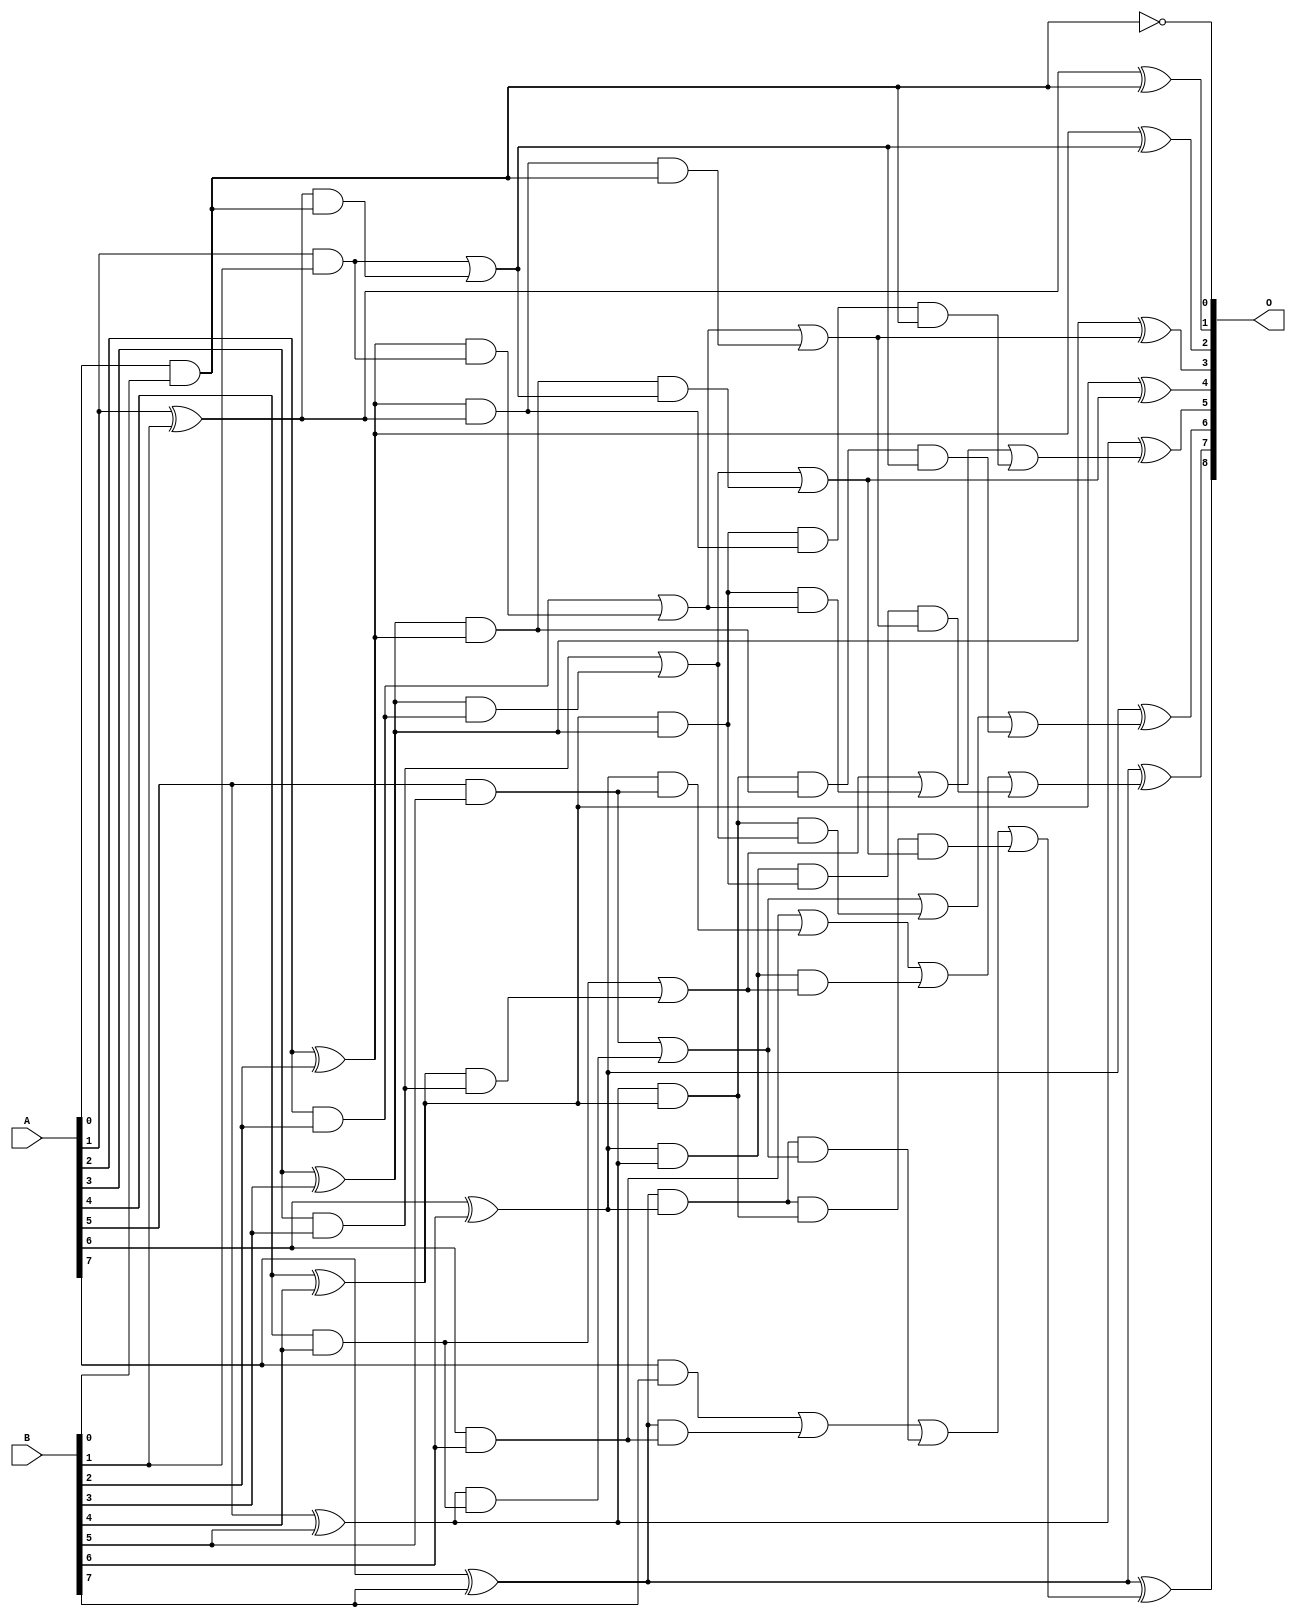
/***
* This code is a part of EvoApproxLib library (ehw.fit.vutbr.cz/approxlib) distributed under The MIT License.
* When used, please cite the following article(s): V. Mrazek, L. Sekanina, Z. Vasicek "Libraries of Approximate Circuits: Automated Design and Application in CNN Accelerators" IEEE Journal on Emerging and Selected Topics in Circuits and Systems, Vol 10, No 4, 2020 
* This file contains a circuit from a sub-set of pareto optimal circuits with respect to the pwr and mse parameters
***/
// MAE% = 0.078 %
// MAE = 0.2 
// WCE% = 0.39 %
// WCE = 1.0 
// WCRE% = 50.00 %
// EP% = 25.00 %
// MRE% = 0.87 %
// MSE = 0.2 
// PDK45_PWR = 0.034 mW
// PDK45_AREA = 70.4 um2
// PDK45_DELAY = 0.62 ns

module add8se_8YC (
    A,
    B,
    O
);

input [7:0] A;
input [7:0] B;
output [8:0] O;

wire sig_16,sig_17,sig_18,sig_19,sig_20,sig_21,sig_22,sig_23,sig_24,sig_25,sig_26,sig_27,sig_28,sig_29,sig_30,sig_31,sig_32,sig_33,sig_34,sig_35;
wire sig_36,sig_37,sig_38,sig_39,sig_40,sig_41,sig_42,sig_43,sig_44,sig_45,sig_46,sig_47,sig_48,sig_49,sig_50,sig_51,sig_52,sig_53,sig_54,sig_55;
wire sig_56,sig_57,sig_58,sig_59,sig_60,sig_61,sig_62,sig_63,sig_64,sig_65,sig_66,sig_67,sig_68,sig_69,sig_70,sig_71,sig_72,sig_73,sig_74,sig_75;
wire sig_76,sig_77,sig_78,sig_79,sig_80,sig_81,sig_82,sig_83,sig_84;

assign sig_16 = A[0] & B[0];
assign sig_17 = ~(A[0] & B[0]);
assign sig_18 = A[1] & B[1];
assign sig_19 = A[1] ^ B[1];
assign sig_20 = A[2] & B[2];
assign sig_21 = A[2] ^ B[2];
assign sig_22 = A[3] & B[3];
assign sig_23 = A[3] ^ B[3];
assign sig_24 = A[4] & B[4];
assign sig_25 = A[4] ^ B[4];
assign sig_26 = A[5] & B[5];
assign sig_27 = A[5] ^ B[5];
assign sig_28 = A[6] & B[6];
assign sig_29 = A[6] ^ B[6];
assign sig_30 = A[7] & B[7];
assign sig_31 = A[7] ^ B[7];
assign sig_32 = A[7] ^ B[7];
assign sig_33 = sig_19 & sig_16;
assign sig_34 = sig_18 | sig_33;
assign sig_35 = sig_21 & sig_18;
assign sig_36 = sig_21 & sig_19;
assign sig_37 = sig_20 | sig_35;
assign sig_38 = sig_23 & sig_20;
assign sig_39 = sig_23 & sig_21;
assign sig_40 = sig_22 | sig_38;
assign sig_41 = sig_25 & sig_22;
assign sig_42 = sig_25 & sig_23;
assign sig_43 = sig_24 | sig_41;
assign sig_44 = sig_27 & sig_24;
assign sig_45 = sig_27 & sig_25;
assign sig_46 = sig_26 | sig_44;
assign sig_47 = sig_29 & sig_26;
assign sig_48 = sig_29 & sig_27;
assign sig_49 = sig_28 | sig_47;
assign sig_50 = sig_31 & sig_28;
assign sig_51 = sig_31 & sig_29;
assign sig_52 = sig_30 | sig_50;
assign sig_53 = sig_36 & sig_16;
assign sig_54 = sig_37 | sig_53;
assign sig_55 = sig_39 & sig_34;
assign sig_56 = sig_40 | sig_55;
assign sig_57 = sig_42 & sig_37;
assign sig_58 = sig_42 & sig_36;
assign sig_59 = sig_43 | sig_57;
assign sig_60 = sig_45 & sig_40;
assign sig_61 = sig_45 & sig_39;
assign sig_62 = sig_46 | sig_60;
assign sig_63 = sig_48 & sig_43;
assign sig_64 = sig_48 & sig_42;
assign sig_65 = sig_49 | sig_63;
assign sig_66 = sig_51 & sig_46;
assign sig_67 = sig_51 & sig_45;
assign sig_68 = sig_52 | sig_66;
assign sig_69 = sig_58 & sig_16;
assign sig_70 = sig_59 | sig_69;
assign sig_71 = sig_61 & sig_34;
assign sig_72 = sig_62 | sig_71;
assign sig_73 = sig_64 & sig_54;
assign sig_74 = sig_65 | sig_73;
assign sig_75 = sig_67 & sig_56;
assign sig_76 = sig_68 | sig_75;
assign sig_77 = sig_19 ^ sig_16;
assign sig_78 = sig_21 ^ sig_34;
assign sig_79 = sig_23 ^ sig_54;
assign sig_80 = sig_25 ^ sig_56;
assign sig_81 = sig_27 ^ sig_70;
assign sig_82 = sig_29 ^ sig_72;
assign sig_83 = sig_31 ^ sig_74;
assign sig_84 = sig_32 ^ sig_76;

assign O[8] = sig_84;
assign O[7] = sig_83;
assign O[6] = sig_82;
assign O[5] = sig_81;
assign O[4] = sig_80;
assign O[3] = sig_79;
assign O[2] = sig_78;
assign O[1] = sig_77;
assign O[0] = sig_17;

endmodule